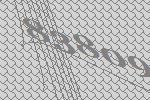
83809